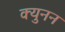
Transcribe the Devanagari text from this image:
क्युनन